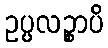
ဥပ္ပလဉ္စာပိ